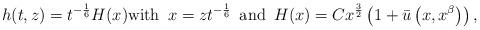
LaTeX: \begin{align*}h(t,z) = t^{-\frac 1 6} H(x) \mbox{with } \, x = z t^{-\frac 1 6} \, \mbox{ and } \, H(x) = C x^{\frac 3 2}\left(1 + \bar u\left(x,x^\beta\right)\right),\end{align*}